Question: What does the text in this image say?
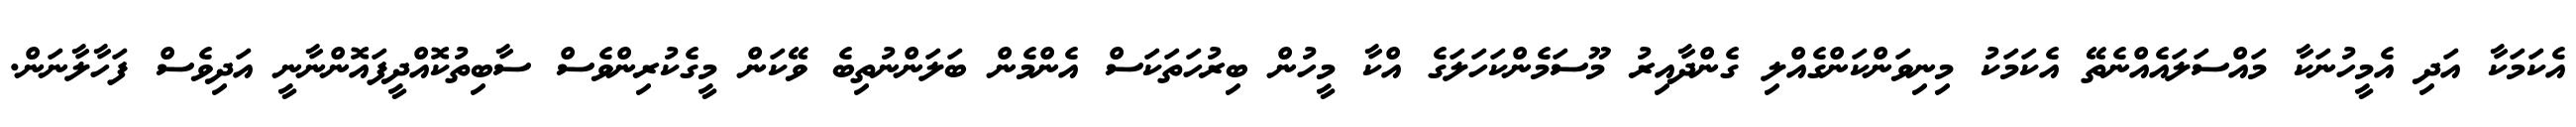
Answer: އެކަމަކާ އަދި އެމީހުނަކާ މައްސަލައެއްނެތޭ އެކަމަކު މިނިވަންކަންގެއްލި ގެންދާއިރު މޫސަމެންކަހަލަގެ އްކާ މީހުން ބިރުހަތަކަސް އެންމެން ބަލަންނުތިބެ ވޭކަން މީގެކުރިންވެސް ސާބިތުކޮއްދީފައޮންނާނީ އަދިވެސް ފަހާލާނަން.